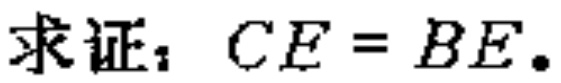
求证：$CE = BE.$